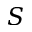
S